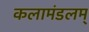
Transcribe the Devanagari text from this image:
कलामंडलम्‌